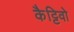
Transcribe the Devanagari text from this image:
कैट्टिवो